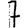
Digit: 7